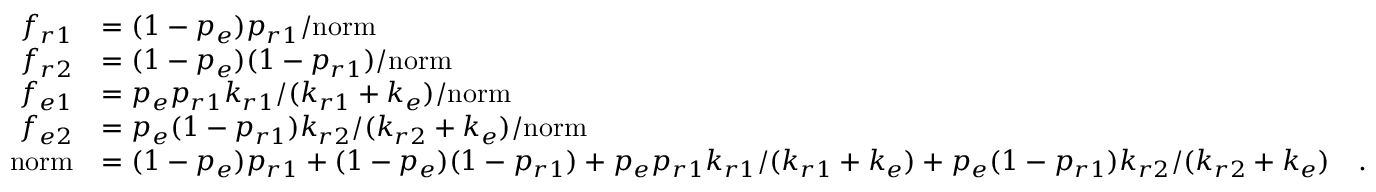
\begin{array} { r l } { f _ { r 1 } } & { = ( 1 - p _ { e } ) p _ { r 1 } / \mathrm { n o r m } } \\ { f _ { r 2 } } & { = ( 1 - p _ { e } ) ( 1 - p _ { r 1 } ) / \mathrm { n o r m } } \\ { f _ { e 1 } } & { = p _ { e } p _ { r 1 } k _ { r 1 } / ( k _ { r 1 } + k _ { e } ) / \mathrm { n o r m } } \\ { f _ { e 2 } } & { = p _ { e } ( 1 - p _ { r 1 } ) k _ { r 2 } / ( k _ { r 2 } + k _ { e } ) / \mathrm { n o r m } } \\ { \mathrm { n o r m } } & { = ( 1 - p _ { e } ) p _ { r 1 } + ( 1 - p _ { e } ) ( 1 - p _ { r 1 } ) + p _ { e } p _ { r 1 } k _ { r 1 } / ( k _ { r 1 } + k _ { e } ) + p _ { e } ( 1 - p _ { r 1 } ) k _ { r 2 } / ( k _ { r 2 } + k _ { e } ) \quad . } \end{array}